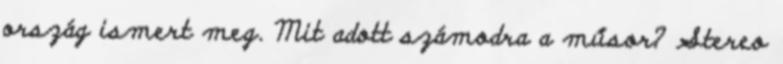
ország ismert meg. Mit adott számodra a műsor? Stereo